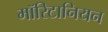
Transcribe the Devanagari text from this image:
मॉरिटानियन